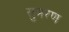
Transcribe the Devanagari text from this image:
सुमरण